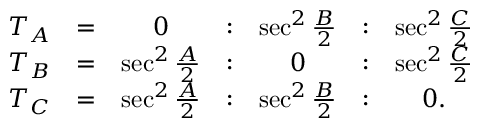
{ \begin{array} { c c c c c c c } { T _ { A } } & { = } & { 0 } & { : } & { \sec ^ { 2 } { \frac { B } { 2 } } } & { : } & { \sec ^ { 2 } { \frac { C } { 2 } } } \\ { T _ { B } } & { = } & { \sec ^ { 2 } { \frac { A } { 2 } } } & { : } & { 0 } & { : } & { \sec ^ { 2 } { \frac { C } { 2 } } } \\ { T _ { C } } & { = } & { \sec ^ { 2 } { \frac { A } { 2 } } } & { : } & { \sec ^ { 2 } { \frac { B } { 2 } } } & { : } & { 0 . } \end{array} }